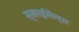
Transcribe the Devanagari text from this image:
स्काईसेल्स